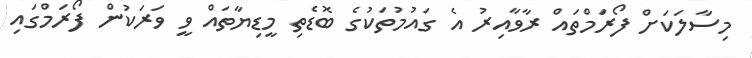
މިސާލަކަށް ފޯރަމްތައް ރާވާއިރު އެ ގައުމުތަކުގެ ބޮޑެތި މީޑިޔާތައް ވީ ވަރަކުން ފޯރަމްގައި